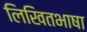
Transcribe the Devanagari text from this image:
लिखितभाषा